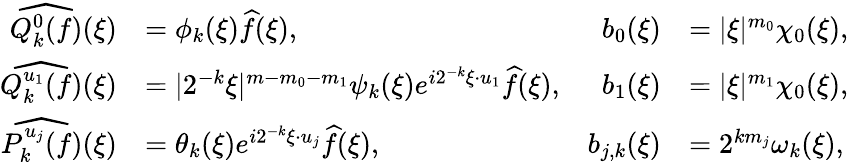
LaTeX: \begin{array}{rlrl}{\widehat{Q_{k}^{0}(f)}(\xi)}&{=\phi_{k}(\xi)\widehat{f}(\xi),}&{b_{0}(\xi)}&{=|\xi|^{m_{0}}\chi_{0}(\xi),}\\ {\widehat{Q_{k}^{u_{1}}(f)}(\xi)}&{=|2^{-k}\xi|^{m-m_{0}-m_{1}}\psi_{k}(\xi)e^{i2^{-k}\xi\cdot u_{1}}\widehat{f}(\xi),}&{b_{1}(\xi)}&{=|\xi|^{m_{1}}\chi_{0}(\xi),}\\ {\widehat{P_{k}^{u_{j}}(f)}(\xi)}&{=\theta_{k}(\xi)e^{i2^{-k}\xi\cdot u_{j}}\widehat{f}(\xi),}&{b_{j,k}(\xi)}&{=2^{km_{j}}\omega_{k}(\xi),}\end{array}